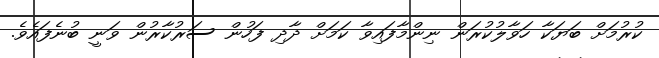
ކުރުމަށް ބަޔަކާ ހަވާލުކުރަން ނިންމާފައިވާ ކަމަށް ދާދި ފަހުން ސަރުކާރުން ވަނީ ބުނެފައެވެ.